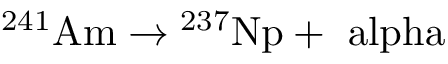
{ } ^ { 2 4 1 } \mathrm { { A m } \rightarrow { } ^ { 2 3 7 } \mathrm { { N p } + \ a l p h a } }